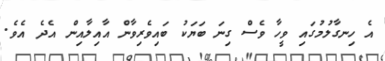
އެ ހިނގާލުމުގައި ވީހާ ވެސް ގިނަ ބަޔަކު ބައިވެރިވާން އާއިލާއިން އެދެ އެވެ.